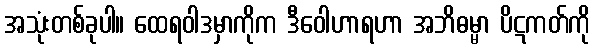
အသုံးတစ်ခုပါ။ ထေရဝါဒမှာကိုက ဒီဝေါဟာရဟာ အဘိဓမ္မာ ပိဋကတ်ကို